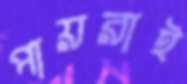
পায়রাই